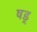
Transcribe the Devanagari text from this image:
षड्‍